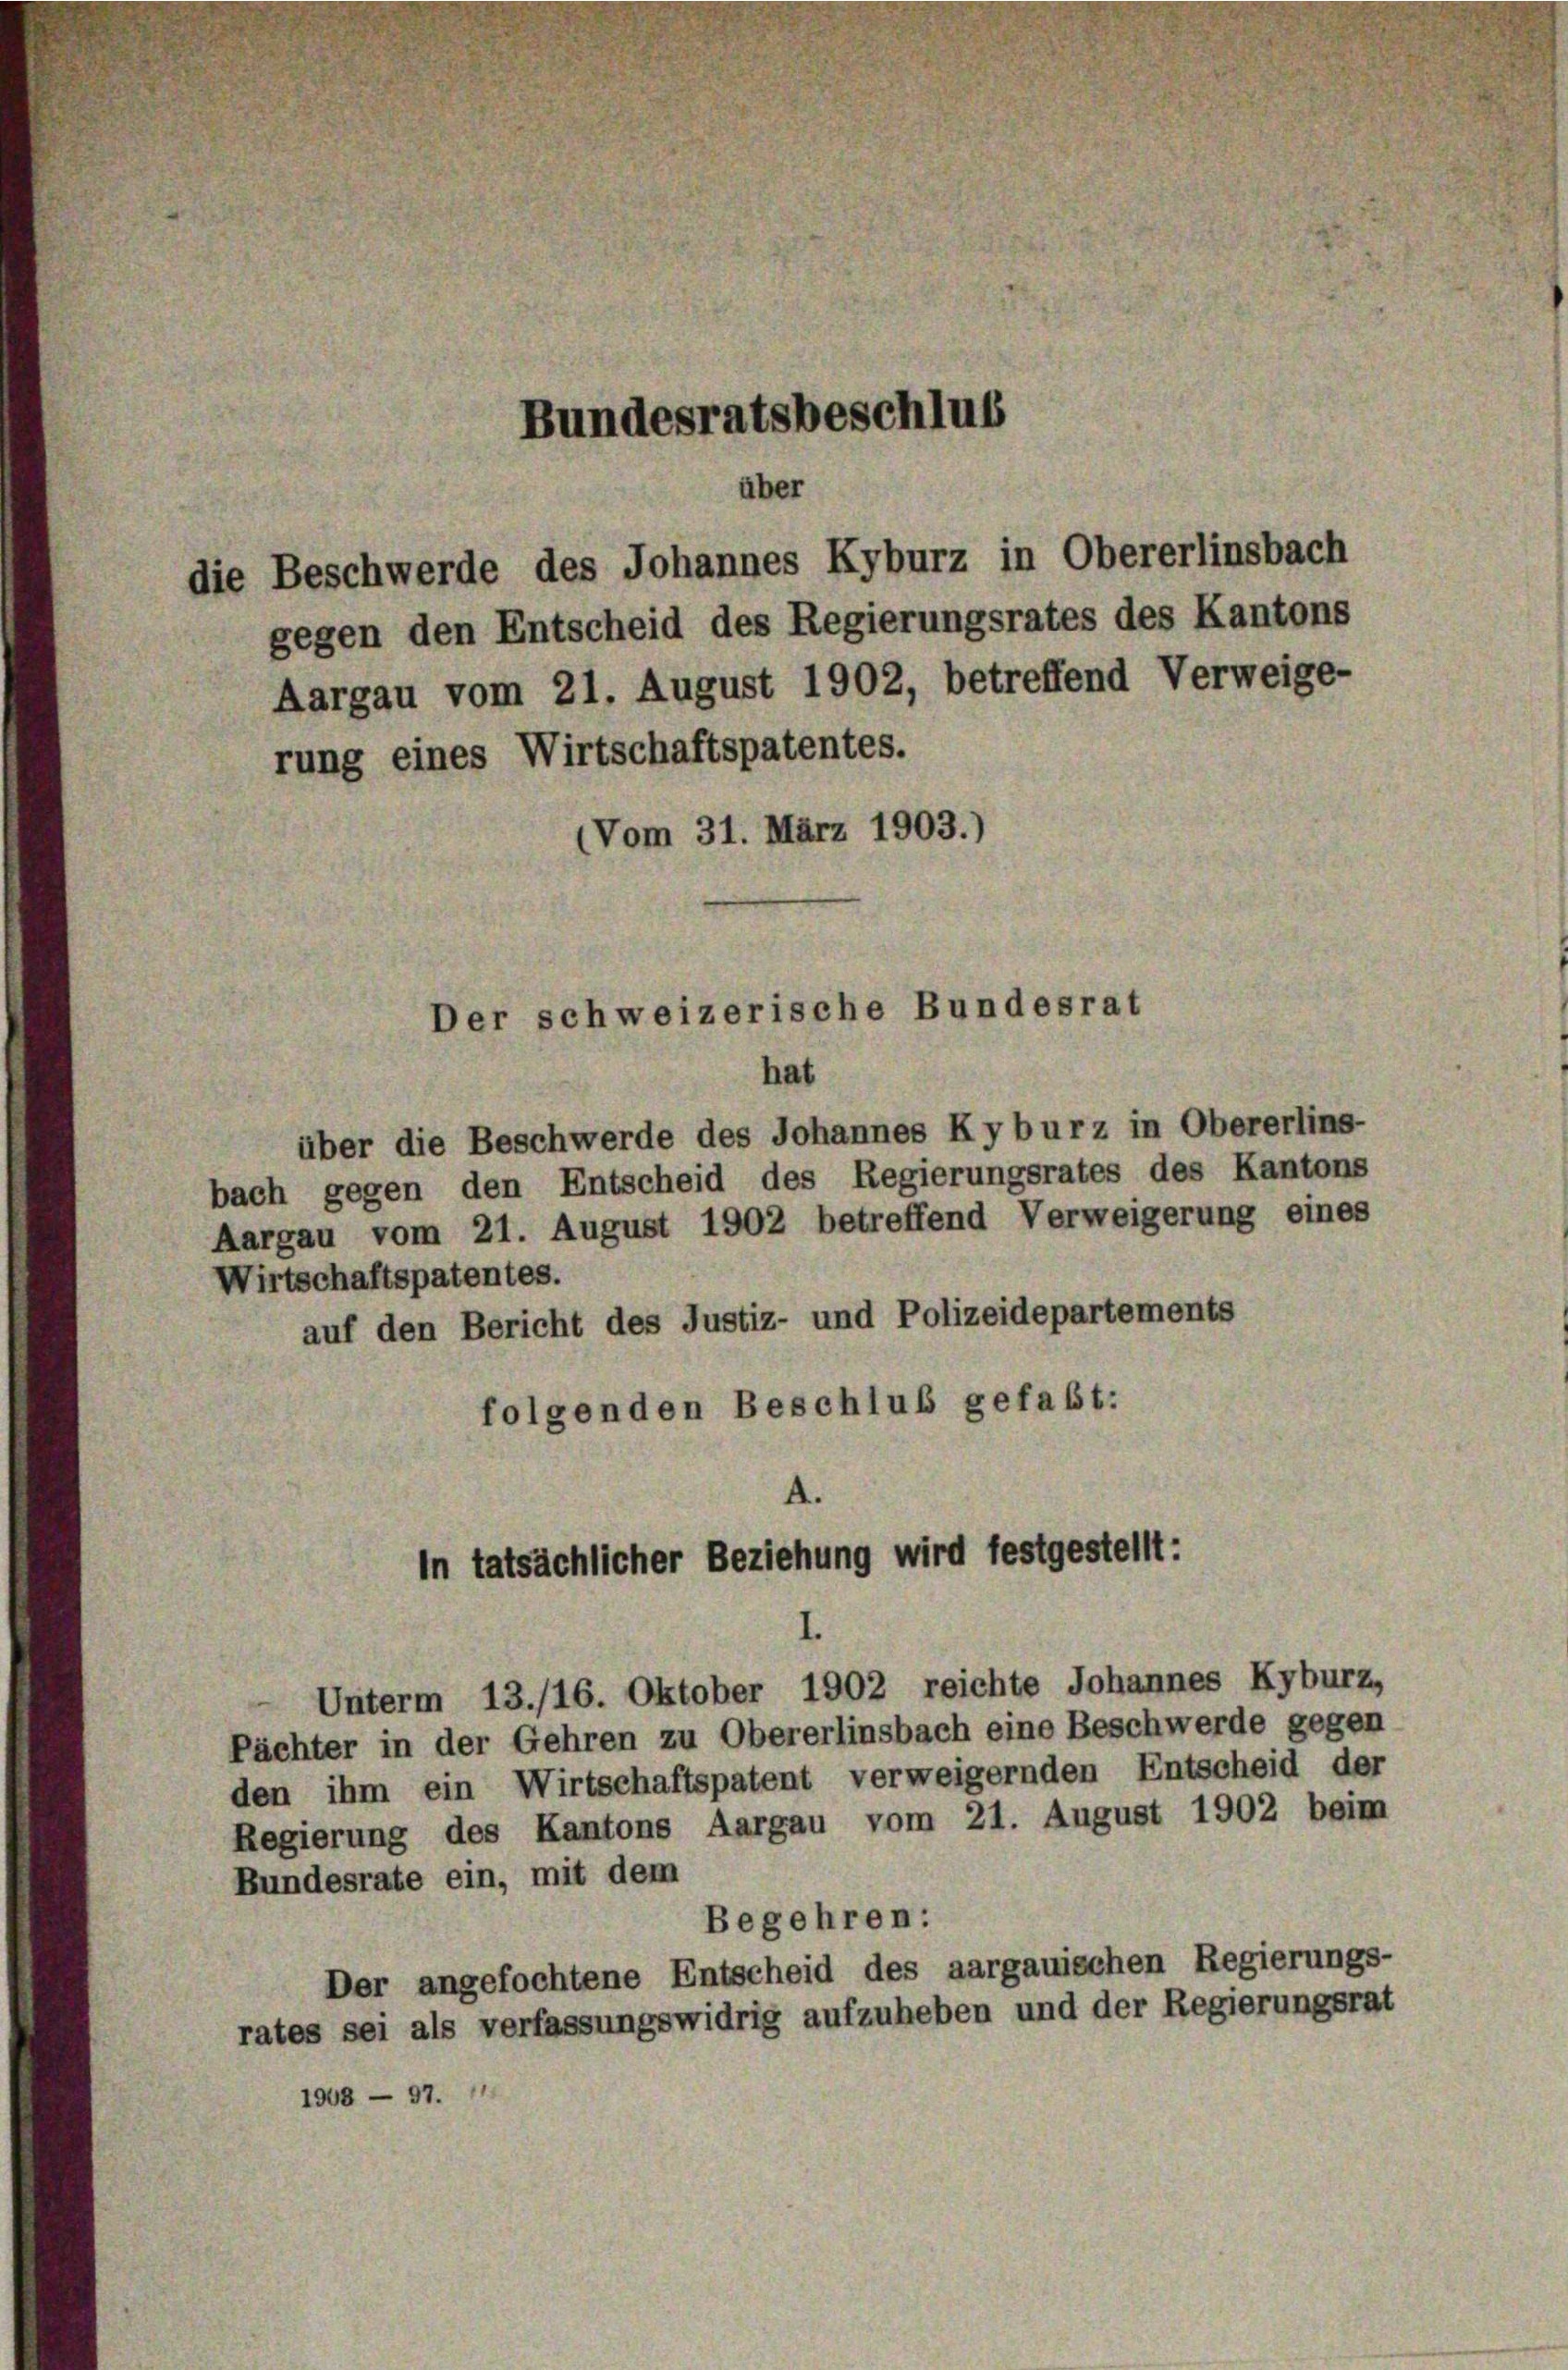
rung eines Wirtschaftspatentes.

Bundesratsbeschlus
über

die Beschwerde des Johannes Kyburz in Obererlinsbach

gegen den Entscheid des Regierungsrates des Kantons
Aargau vom 21. August 1902, betreffend Verweige-
(Vom 31. März 1903.)

Der schweizerische Bundesrat
hat

A.
In tatsächlicher Beziehung wird festgestellt:
I.

über die Beschwerde des Johannes Kyburz in Obererlins-
bach gegen den Entscheid des Regierungsrates des Kantons
Aargau vom 21. August 1902 betreffend Verweigerung eines
Wirtschaftspatentes.
auf den Bericht des Justiz- und Polizeidepartements
folgenden Beschluß gefaßt:

Unterm 13./16. Oktober 1902 reichte Johannes Kyburz,
Pächter in der Gehren zu Obererlinsbach eine Beschwerde gegen
den ihm ein Wirtschaftspatent verweigernden Entscheid der
Regierung des Kantons Aargau vom 21. August 1902 beim
Bundesrate ein, mit dem
Begehren:
Der angefochtene Entscheid des aargauischen Regierungs-
rates sei als verfassungswidrig aufzuheben und der Regierungsrat
1948 - 97.